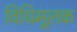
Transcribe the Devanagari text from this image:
विधिमूलक